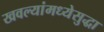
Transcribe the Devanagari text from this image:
खवल्यांमध्येसुद्धा